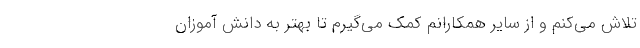
تلاش می‌کنم و از سایر همکارانم کمک می‌گیرم تا بهتر به دانش آموزان